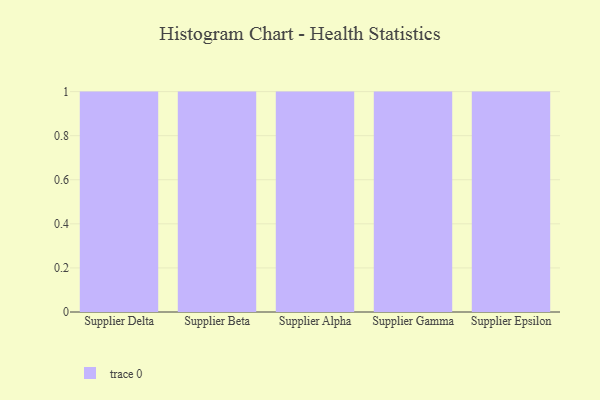
{"axis": {"x": "Supplier", "y": "Headcount"}, "legend": [""], "data": [{"x": "Supplier Delta", "y": 46, "type": ""}, {"x": "Supplier Beta", "y": 55, "type": ""}, {"x": "Supplier Alpha", "y": 71, "type": ""}, {"x": "Supplier Gamma", "y": 96, "type": ""}, {"x": "Supplier Epsilon", "y": 13, "type": ""}]}